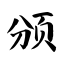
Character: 颁